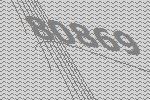
80869